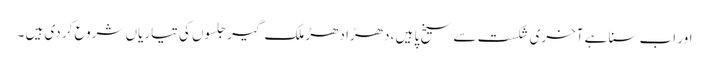
اور اب سنا ہے آخری شکست سے سیخ پا ہیں ، دھڑا دھڑ ملک گیر جلسوں کی تیاریاں شروع کر دی ہیں ۔